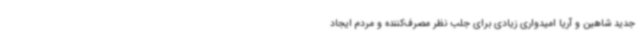
جدید شاهین و آریا امیدواری زیادی برای جلب نظر مصرف‌کننده و مردم ایجاد